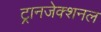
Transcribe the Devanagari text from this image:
ट्रानजेक्शनल